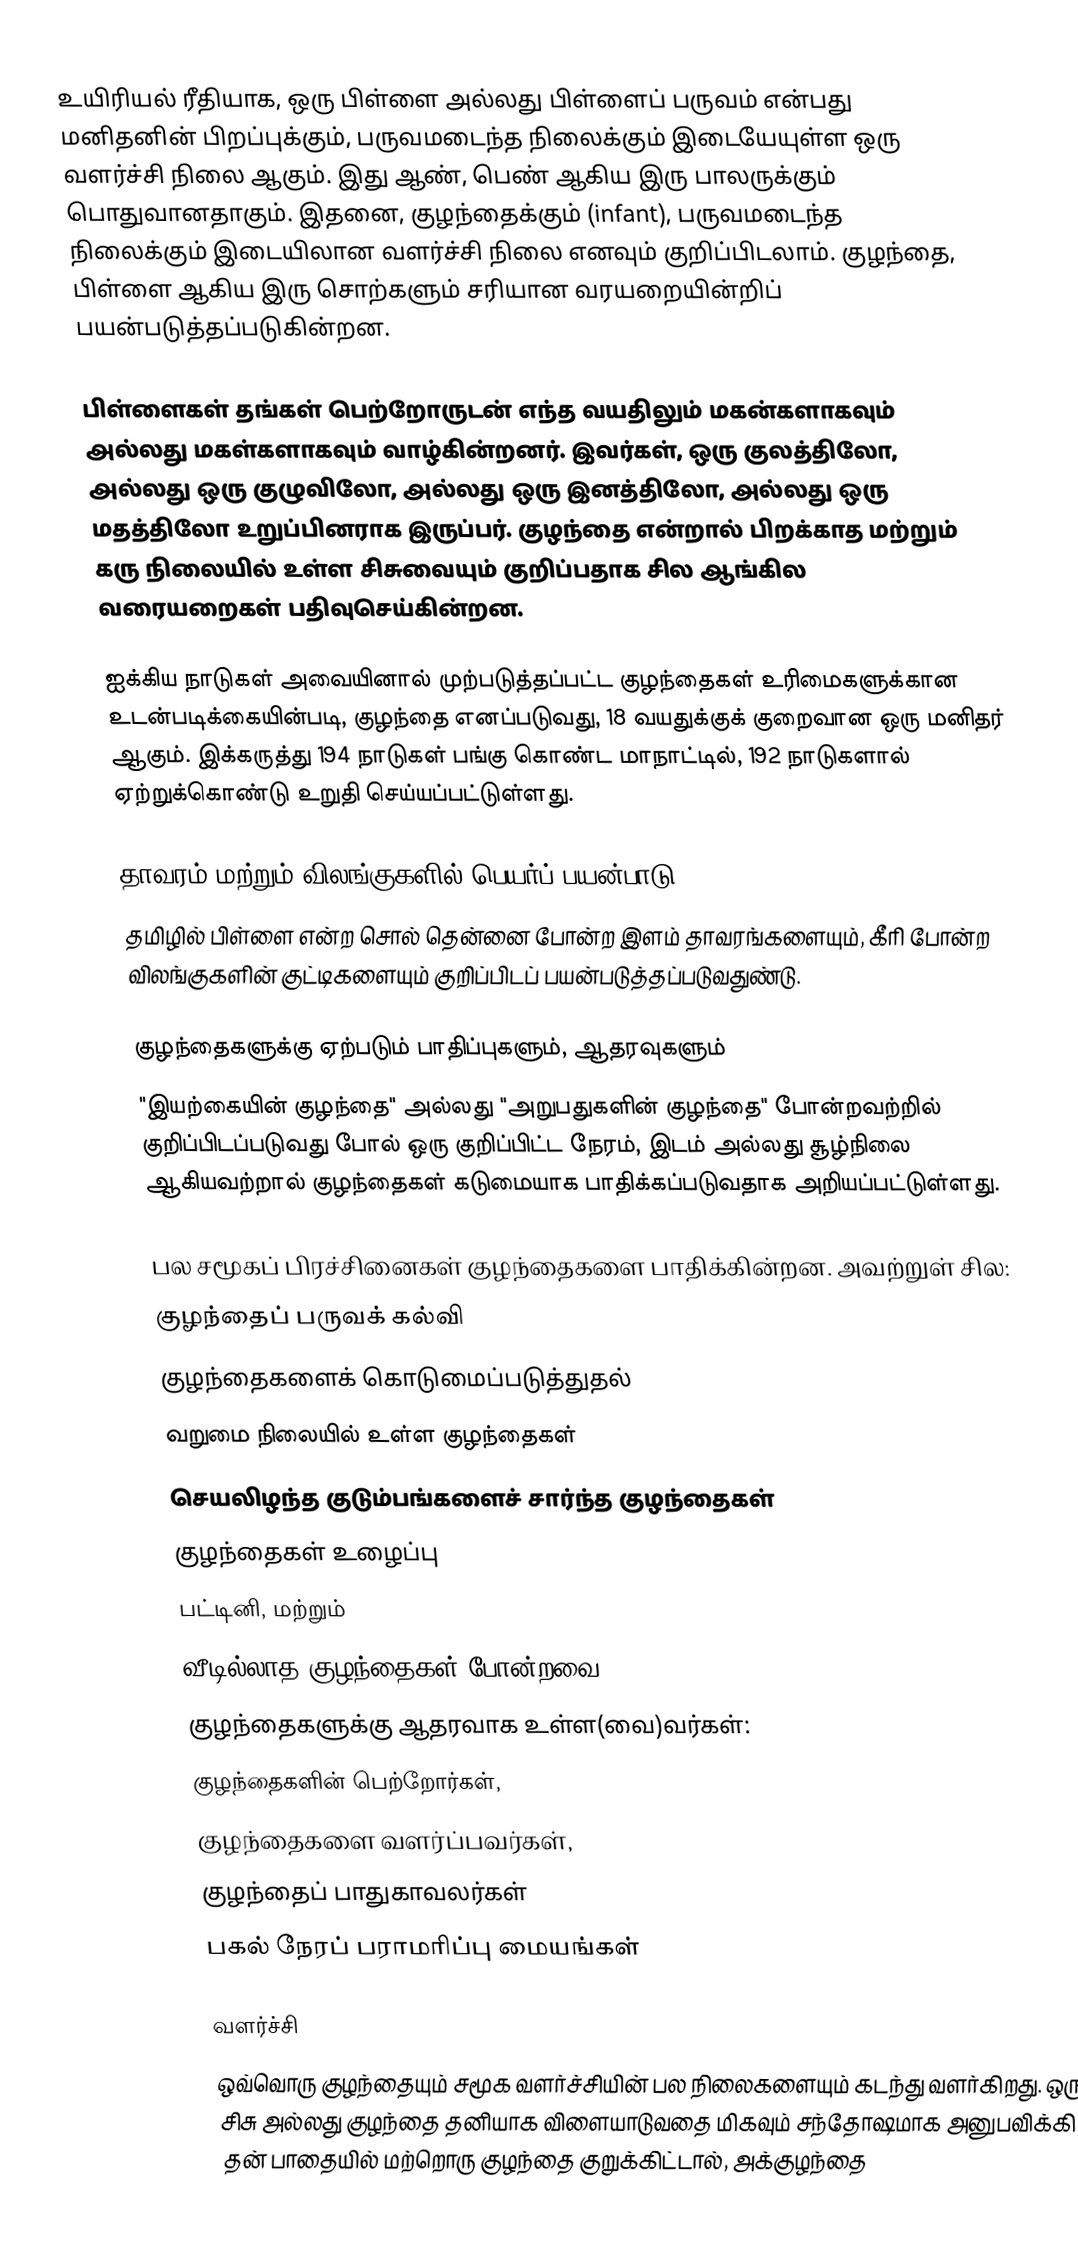
உயிரியல் ரீதியாக, ஒரு பிள்ளை அல்லது பிள்ளைப் பருவம் என்பது மனிதனின் பிறப்புக்கும், பருவமடைந்த நிலைக்கும் இடையேயுள்ள ஒரு வளர்ச்சி நிலை ஆகும். இது ஆண், பெண் ஆகிய இரு பாலருக்கும் பொதுவானதாகும். இதனை, குழந்தைக்கும் (infant), பருவமடைந்த நிலைக்கும் இடையிலான வளர்ச்சி நிலை எனவும் குறிப்பிடலாம். குழந்தை, பிள்ளை ஆகிய இரு சொற்களும் சரியான வரயறையின்றிப் பயன்படுத்தப்படுகின்றன.

பிள்ளைகள் தங்கள் பெற்றோருடன் எந்த வயதிலும் மகன்களாகவும் அல்லது மகள்களாகவும் வாழ்கின்றனர். இவர்கள், ஒரு குலத்திலோ, அல்லது ஒரு குழுவிலோ, அல்லது ஒரு இனத்திலோ, அல்லது ஒரு மதத்திலோ உறுப்பினராக இருப்பர். குழந்தை என்றால் பிறக்காத மற்றும் கரு நிலையில் உள்ள சிசுவையும் குறிப்பதாக சில ஆங்கில வரையறைகள் பதிவுசெய்கின்றன.

ஐக்கிய நாடுகள் அவையினால் முற்படுத்தப்பட்ட குழந்தைகள் உரிமைகளுக்கான உடன்படிக்கையின்படி, குழந்தை எனப்படுவது, 18 வயதுக்குக் குறைவான ஒரு மனிதர் ஆகும். இக்கருத்து 194 நாடுகள் பங்கு கொண்ட மாநாட்டில், 192 நாடுகளால் ஏற்றுக்கொண்டு உறுதி செய்யப்பட்டுள்ளது.

தாவரம் மற்றும் விலங்குகளில் பெயர்ப்  பயன்பாடு
தமிழில் பிள்ளை என்ற சொல் தென்னை போன்ற இளம் தாவரங்களையும், கீரி போன்ற விலங்குகளின் குட்டிகளையும் குறிப்பிடப் பயன்படுத்தப்படுவதுண்டு.

குழந்தைகளுக்கு ஏற்படும் பாதிப்புகளும், ஆதரவுகளும்
"இயற்கையின் குழந்தை" அல்லது "அறுபதுகளின் குழந்தை" போன்றவற்றில் குறிப்பிடப்படுவது போல் ஒரு குறிப்பிட்ட நேரம், இடம் அல்லது சூழ்நிலை ஆகியவற்றால் குழந்தைகள் கடுமையாக பாதிக்கப்படுவதாக அறியப்பட்டுள்ளது.

பல சமூகப் பிரச்சினைகள் குழந்தைகளை பாதிக்கின்றன. அவற்றுள் சில:
 குழந்தைப் பருவக் கல்வி
 குழந்தைகளைக் கொடுமைப்படுத்துதல்
 வறுமை நிலையில் உள்ள குழந்தைகள்
 செயலிழந்த குடும்பங்களைச் சார்ந்த குழந்தைகள்
 குழந்தைகள் உழைப்பு
 பட்டினி, மற்றும்
 வீடில்லாத குழந்தைகள் போன்றவை
குழந்தைகளுக்கு ஆதரவாக உள்ள(வை)வர்கள்:
 குழந்தைகளின் பெற்றோர்கள்,
 குழந்தைகளை வளர்ப்பவர்கள்,
 குழந்தைப் பாதுகாவலர்கள்
 பகல் நேரப் பராமரிப்பு மையங்கள்

வளர்ச்சி
ஒவ்வொரு குழந்தையும் சமூக வளர்ச்சியின் பல நிலைகளையும் கடந்து வளர்கிறது.  ஒரு சிசு அல்லது குழந்தை தனியாக விளையாடுவதை மிகவும் சந்தோஷமாக அனுபவிக்கிறது.  தன் பாதையில் மற்றொரு குழந்தை குறுக்கிட்டால், அக்குழந்தை